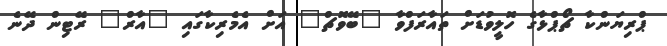
ޕްރިޔަންކާ ޗޯޕްޅާގެ ހޮލީވުޑަށް ތައާރަފްވާ "ބޭވޮޗް" އަށް އެމެރިކާގައި "އާރް" ރޭޓިން ދޭނެ